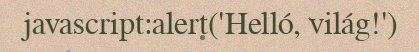
javascript:alert('Helló, világ!')